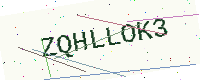
Text: ZQHLLOK3